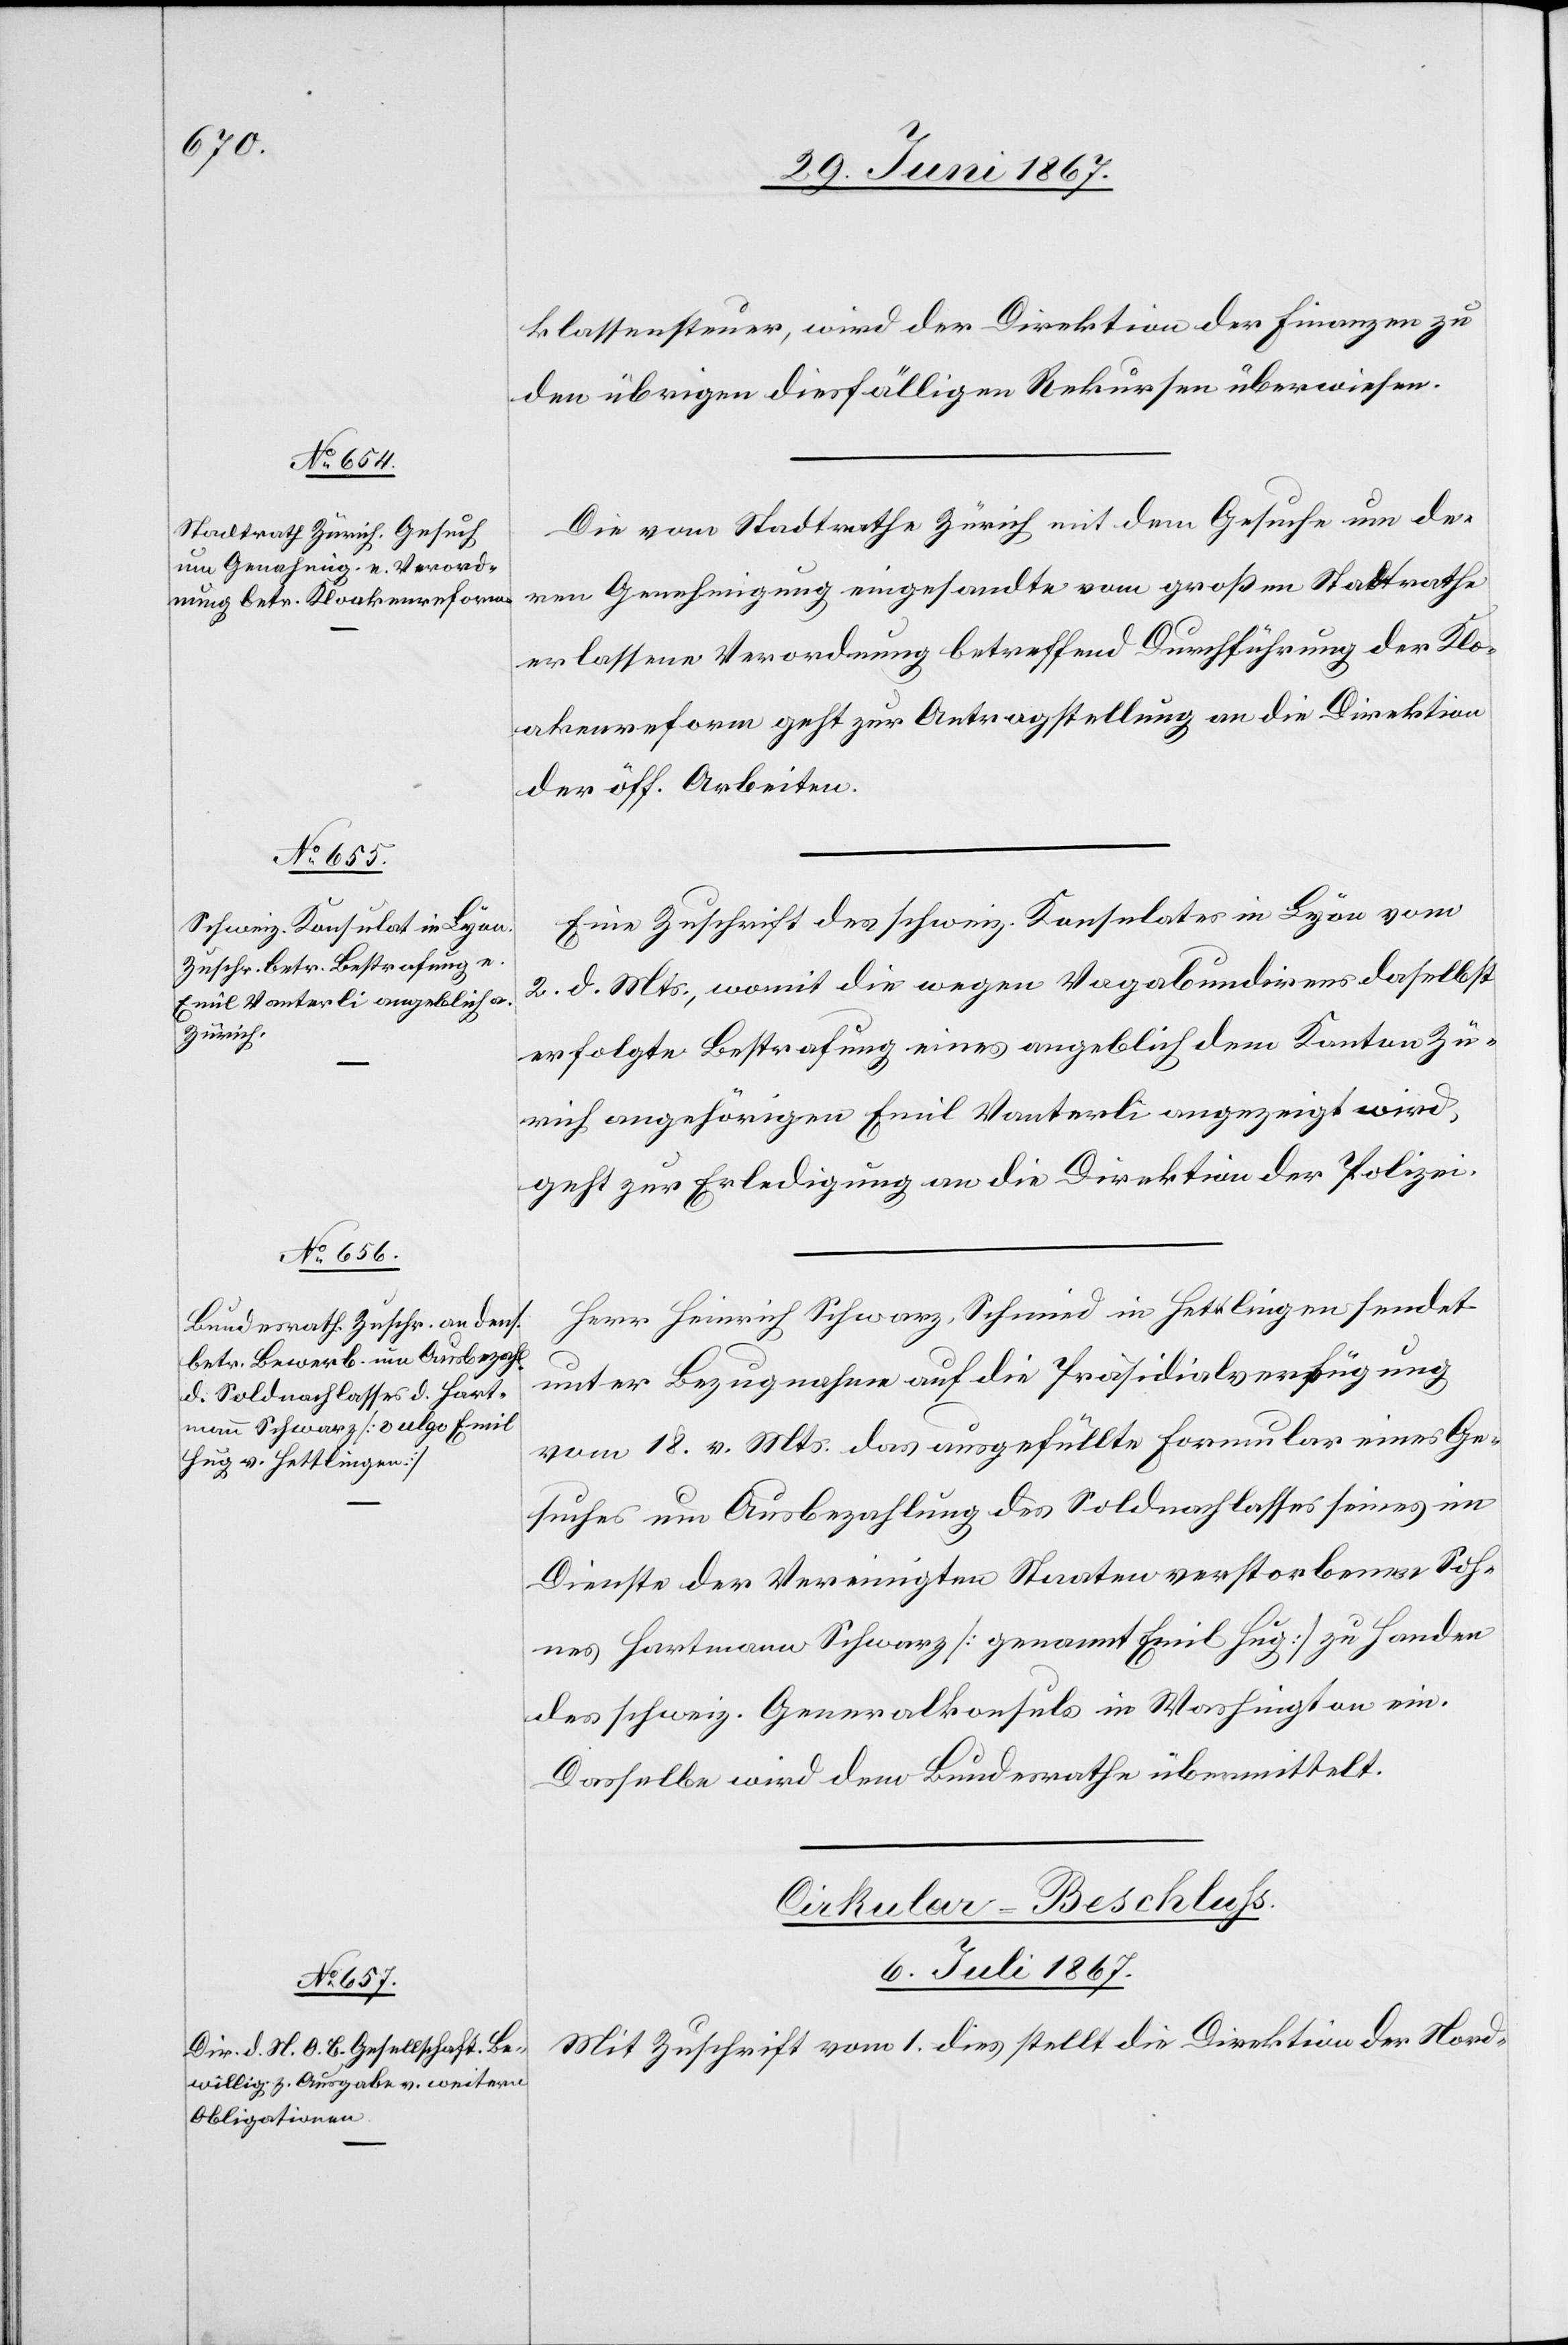
klassensteuer, wird der Direktion der Finanzen zu
Die vom Stadtrathe Zürich mit dem Gesuch um de¬
ren Genehmigung eingesandte vom großen Stadtrathe
erlassene Verordnung betreffend Durchführung der Klo¬
akenreform geht zur Antragstellung an die Direktion
der öff. Arbeiten.
Eine Zuschrift des schweiz. Konsulates in Lyon vom
2. d. Mts., womit die wegen Vagabundirens daselbst
erfolgte Bestrafung eines angeblich dem Kanton Zü¬
rich angehörigen Emil Vanterli angezeigt wird,
geht zur Erledigung an die Direktion der Polizei.
Herr Heinrich Schwarz, Schmied in Hettlingen sendet
unter Bezugnahme auf die Präsidialverfügung
vom 18. v. Mts. das ausgefüllte Formular eines Ge¬
suches um Ausbezahlung des Soldnachlasses seines im
Dienste der Vereinigten Staaten verstorbenen Soh¬
nes Hartmann Schwarz [genannt Emil Hug] zu Handen
des schweiz. Generalkonsuls in Washington ein.
Dasselbe wird dem Bundesrathe übermittelt.
Cirkular-Beschluß.
6. Juli 1867.
Mit Zuschrift vom 1. dies stellt die Direktion der Nord-